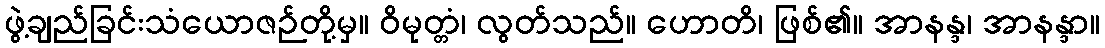
ဖွဲ့ချည်ခြင်းသံယောဇဉ်တို့မှ။ ဝိမုတ္တံ၊ လွတ်သည်။ ဟောတိ၊ ဖြစ်၏။ အာနန္ဒ၊ အာနန္ဒာ။